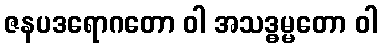
ဇနပဒရောဂတော ဝါ အသဒ္ဓမ္မတော ဝါ